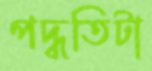
পদ্ধতিটা